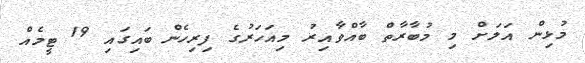
މުޅިން އަލަށް މި މުބާރާތް ބާއްވާއިރު މިއަހަރުގެ ފިރިހެން ބައިގައި 19 ޓީމެއް